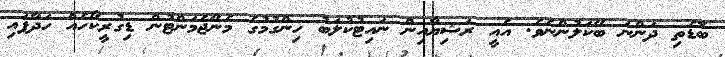
ބޮޑެތި ދަންނަ ބޭކަލުންނެވެ. އެއީ ރަޝިޔާއިން ނައިޓުކުލަބު ހިންގުމުގެ މެނޭޖެމަންޓުން ޑިގުރީކޯހެއް ހަދާފައި